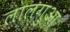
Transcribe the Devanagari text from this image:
लालगुआं